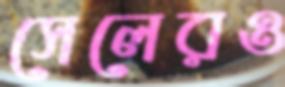
সেলেরও